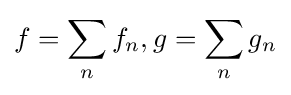
f=\sum _{n}f_{n},g=\sum _{n}g_{n}